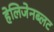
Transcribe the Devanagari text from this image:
हेलिजेनब्लट